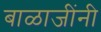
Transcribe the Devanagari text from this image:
बाळाजींनी